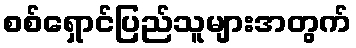
စစ်ရှောင်ပြည်သူများအတွက်